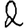
Digit: 2